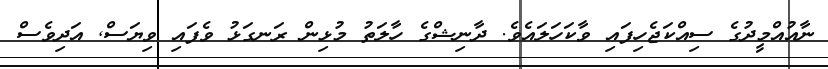
ނާއުއްމީދުގެ ސިއްކަޖެހިިފައި ވާކަހަލައެވެ. ދާނިޝްގެ ހާލަތު މުޅިން ރަނގަޅު ވެފަައި ވިޔަސް